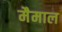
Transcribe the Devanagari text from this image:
मैमाल